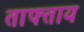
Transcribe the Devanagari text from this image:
ताफ्ताय